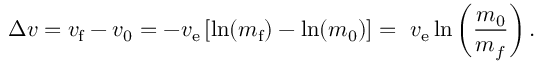
~ \Delta v = v _ { \mathrm { f } } - v _ { 0 } = - v _ { \mathrm { e } } \left[ \ln ( m _ { \mathrm { f } } ) - \ln ( m _ { 0 } ) \right] = ~ v _ { \mathrm { e } } \ln \left( { \frac { m _ { 0 } } { m _ { f } } } \right) .